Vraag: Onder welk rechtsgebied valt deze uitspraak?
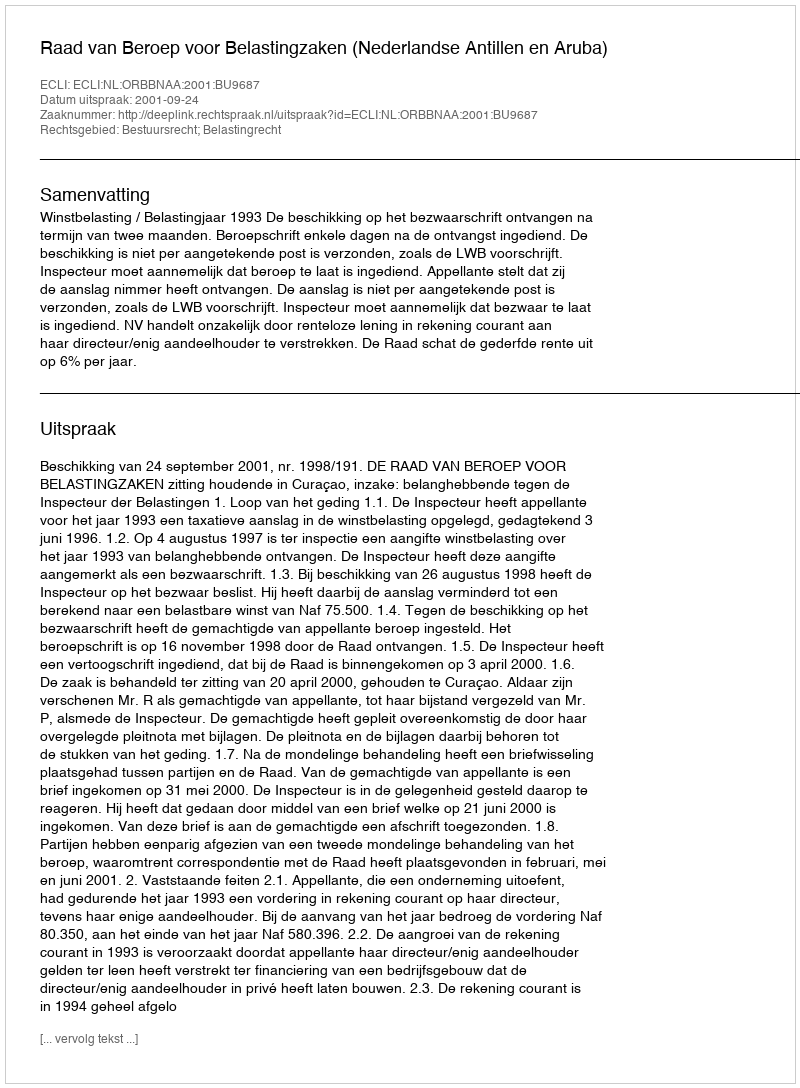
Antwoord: Bestuursrecht; Belastingrecht